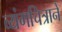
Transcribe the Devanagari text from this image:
व्यंगचित्राने